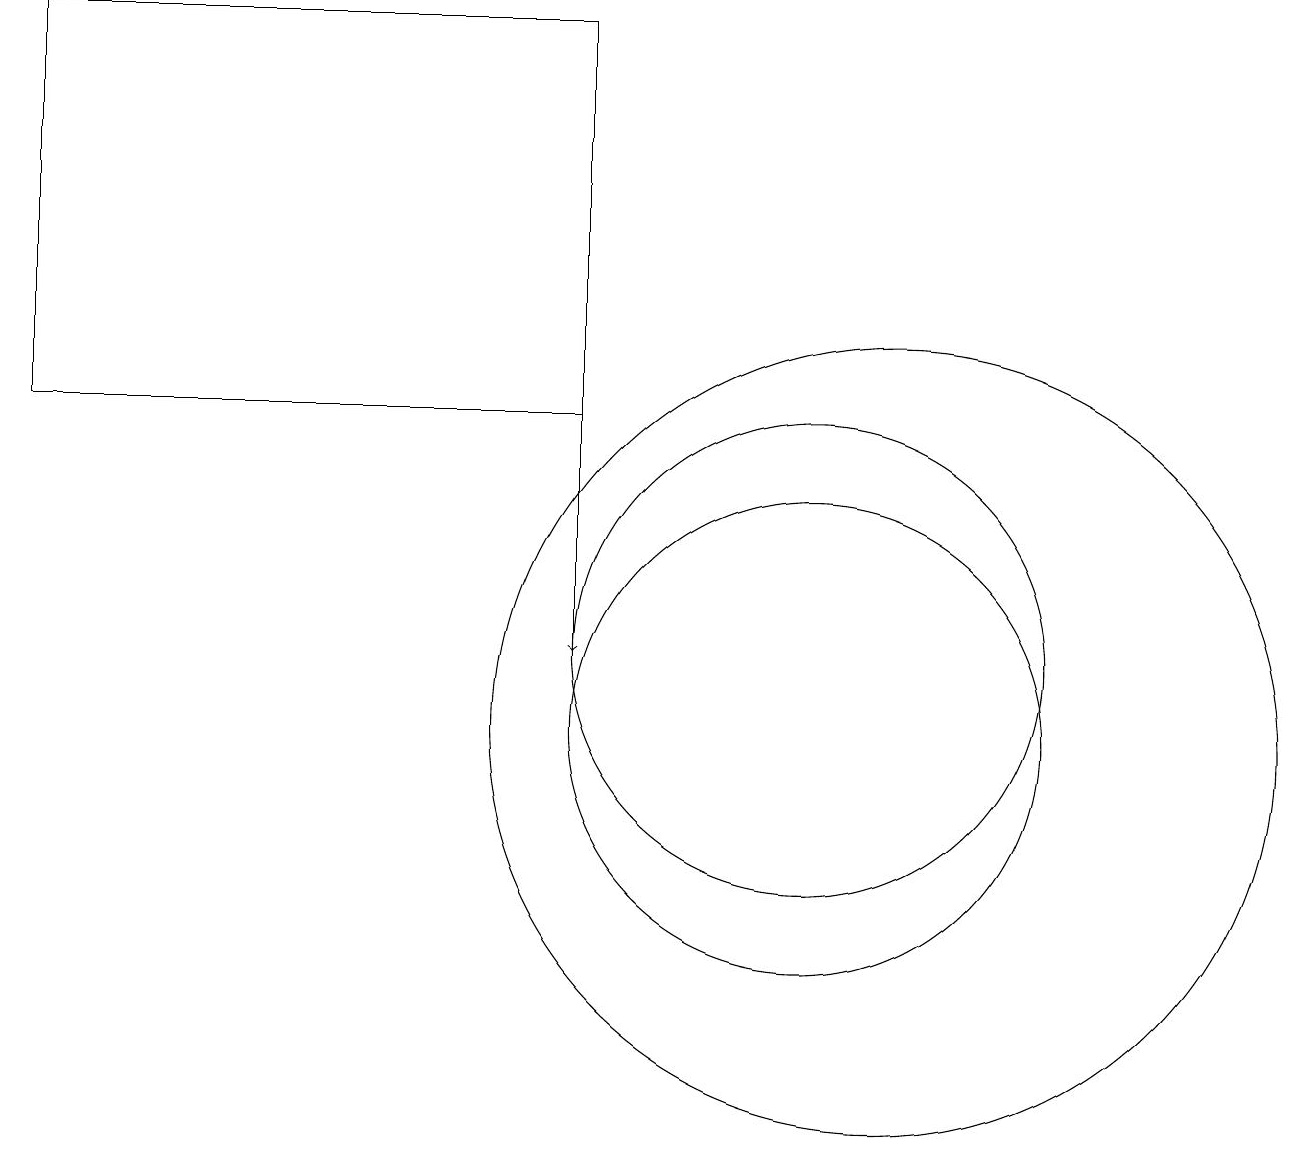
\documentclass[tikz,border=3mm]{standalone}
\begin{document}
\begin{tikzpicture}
\draw (7,19) rectangle (0,14);
\draw[->] (7,19) -- (7,11);
\draw (10,10) circle (3);
\draw (11,10) circle (5);
\draw (10,11) circle (3);
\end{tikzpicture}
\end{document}